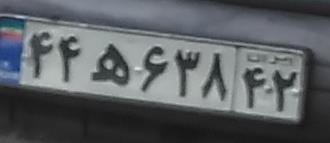
۴۴ه۶۳۸۴۲